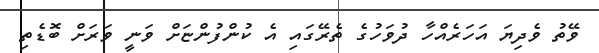
ވޭތު ވެދިޔަ އަހަރެއްހާ ދުވަހުގެ ތެރޭގައި އެ ކުންފުންޏަށް ވަނީ ވަރަށް ބޮޑެތި